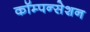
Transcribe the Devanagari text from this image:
कॉम्पन्सेशन